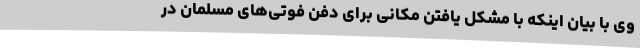
وی با بیان اینکه با مشکل یافتن مکانی برای دفن فوتی‌های مسلمان در